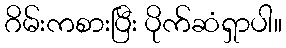
ဂိမ်းကစားပြီး ပိုက်ဆံရှာပါ။